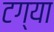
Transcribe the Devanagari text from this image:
टग्या